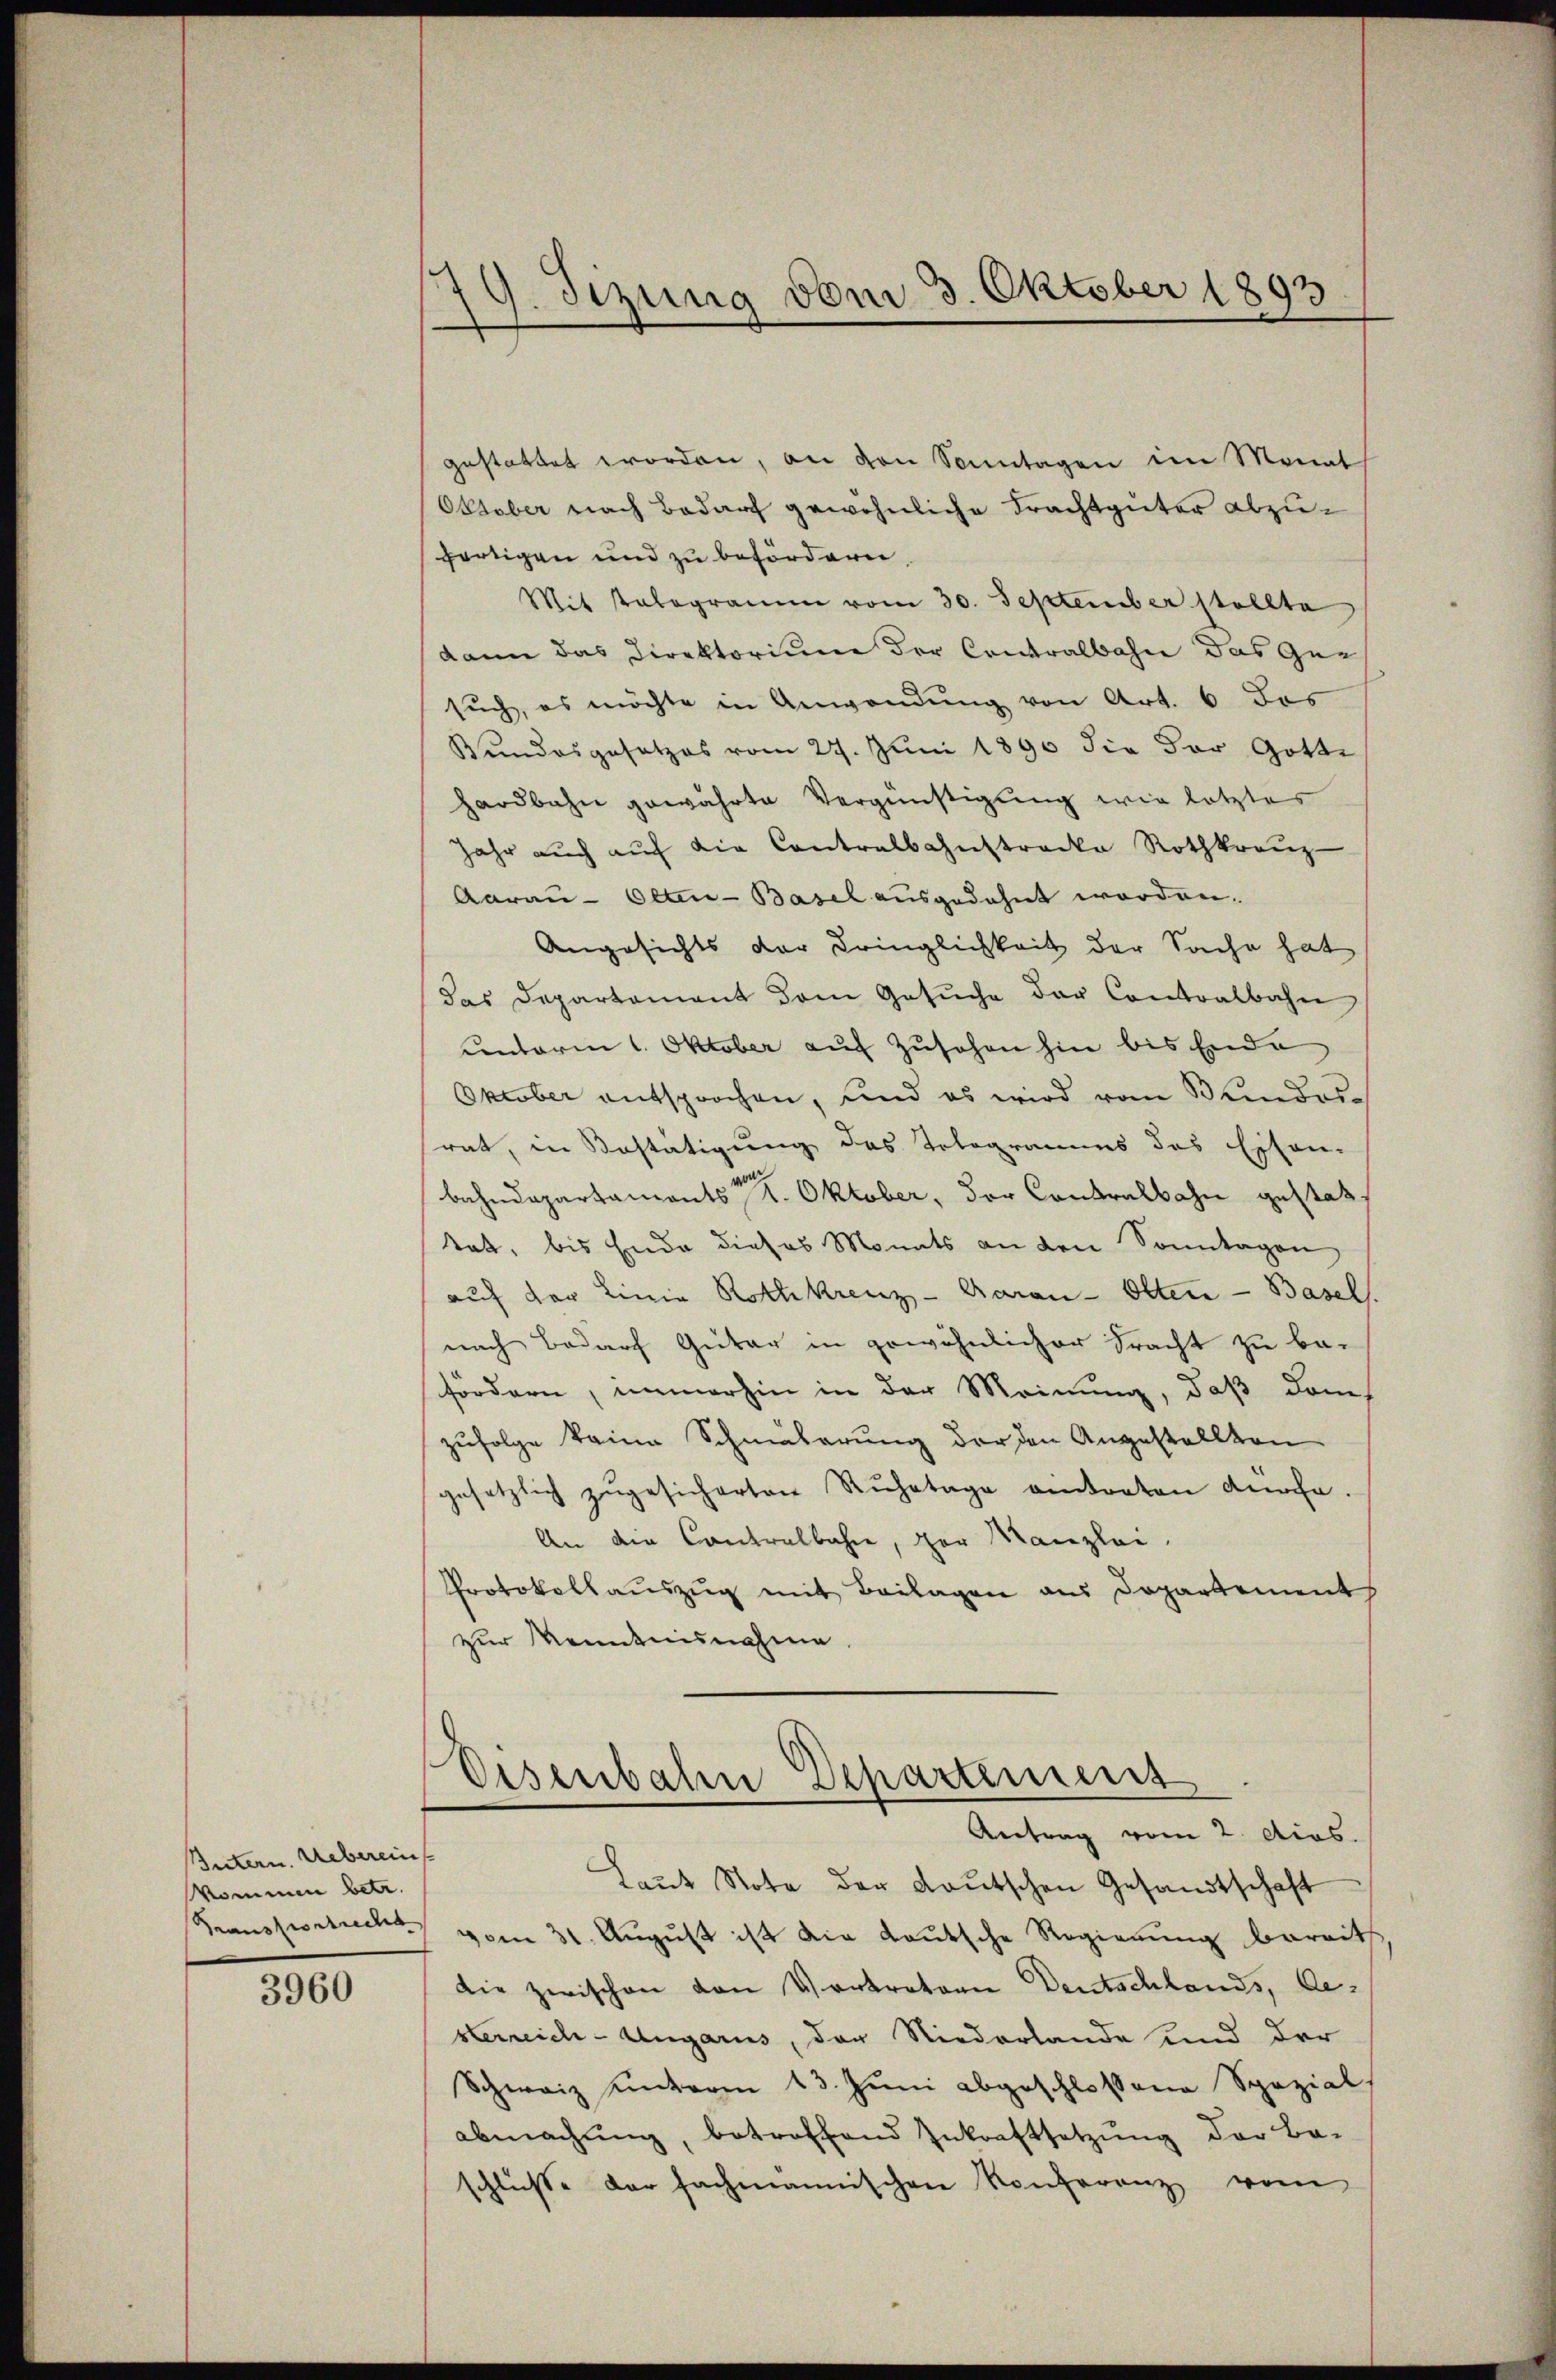
Intern. Ueberein
Nommen betr.
Transtostrecht

3960

179. Sizung vom 3. Oktober 1893

gestattet worden, an von Sonntagen im Monat
Oktober nach Bedarf gewöhnliche Frachtgüter abzufertigen und zu befördern,
Mit Tabogramm vom 30. September stellte
dann das Direktorium der Contralbahn das Que
such, es möchte in Anwendung von Art. 6 das
Bundesgesetzes vom 27. Juni 1890 die der Gotte
hardbahn gewährte Vergünstigung wie letztes
Jahr auch aŭf die Contralbahnstrecke Rothkreuz-
Aarau-Olten-Basel ausgedehnt worden.
Angesichts der Dringlichkeit der Sache hat
das Departament dem Gesŭche der Contralbahn
unterm 1. Oktober auf Zusehen hin bis Ende
Oktober entsprochen, und es wird vom Bundes-
rat, in Bestätigung des Tologramms des Essen-
bahndepartaments 1. Oktober, der Contralbahn gestattatt, bis Ende dieses Monats an den Sonntagen
auf der Linie Rothkreuz-Aarau - Olten - Basel.
nach Bedarf Güter in gewöhnlicher Fracht zu be-
fördern, immerhin in der Meinung, daß dam
zŭfolge keine Schmälerung der den Angestellten
gesetzlich zŭgesicherten Ruhetage antraten Kirche.
An die Contralbahne, der Manzlei.
Protokollauszug mit Beilagen aus Departement
zur Kenntnisnahme

Disenbahn Departement
Antrag vom 2. dios.

Laŭt Note der deutschen Gesandtschaft
vom 31. August ist die Lautsche Regierung bereits
die zwischen von Vortretern Deutschlands, besterreich-Ungarus, der Niederlande und der
Schweiz unterm 13. Juni abgeschlossene Spezial,
abmachŭng, betroffend Inkraftsetzŭng der Be-
schlüsse der fachmannischen Konferenz vom